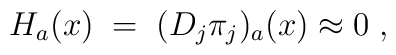
H_a(x) \;=\; (D_j \pi_j )_a(x) \approx 0 \;,